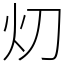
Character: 灱